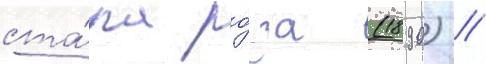
ста́ла ро́за (1890) //